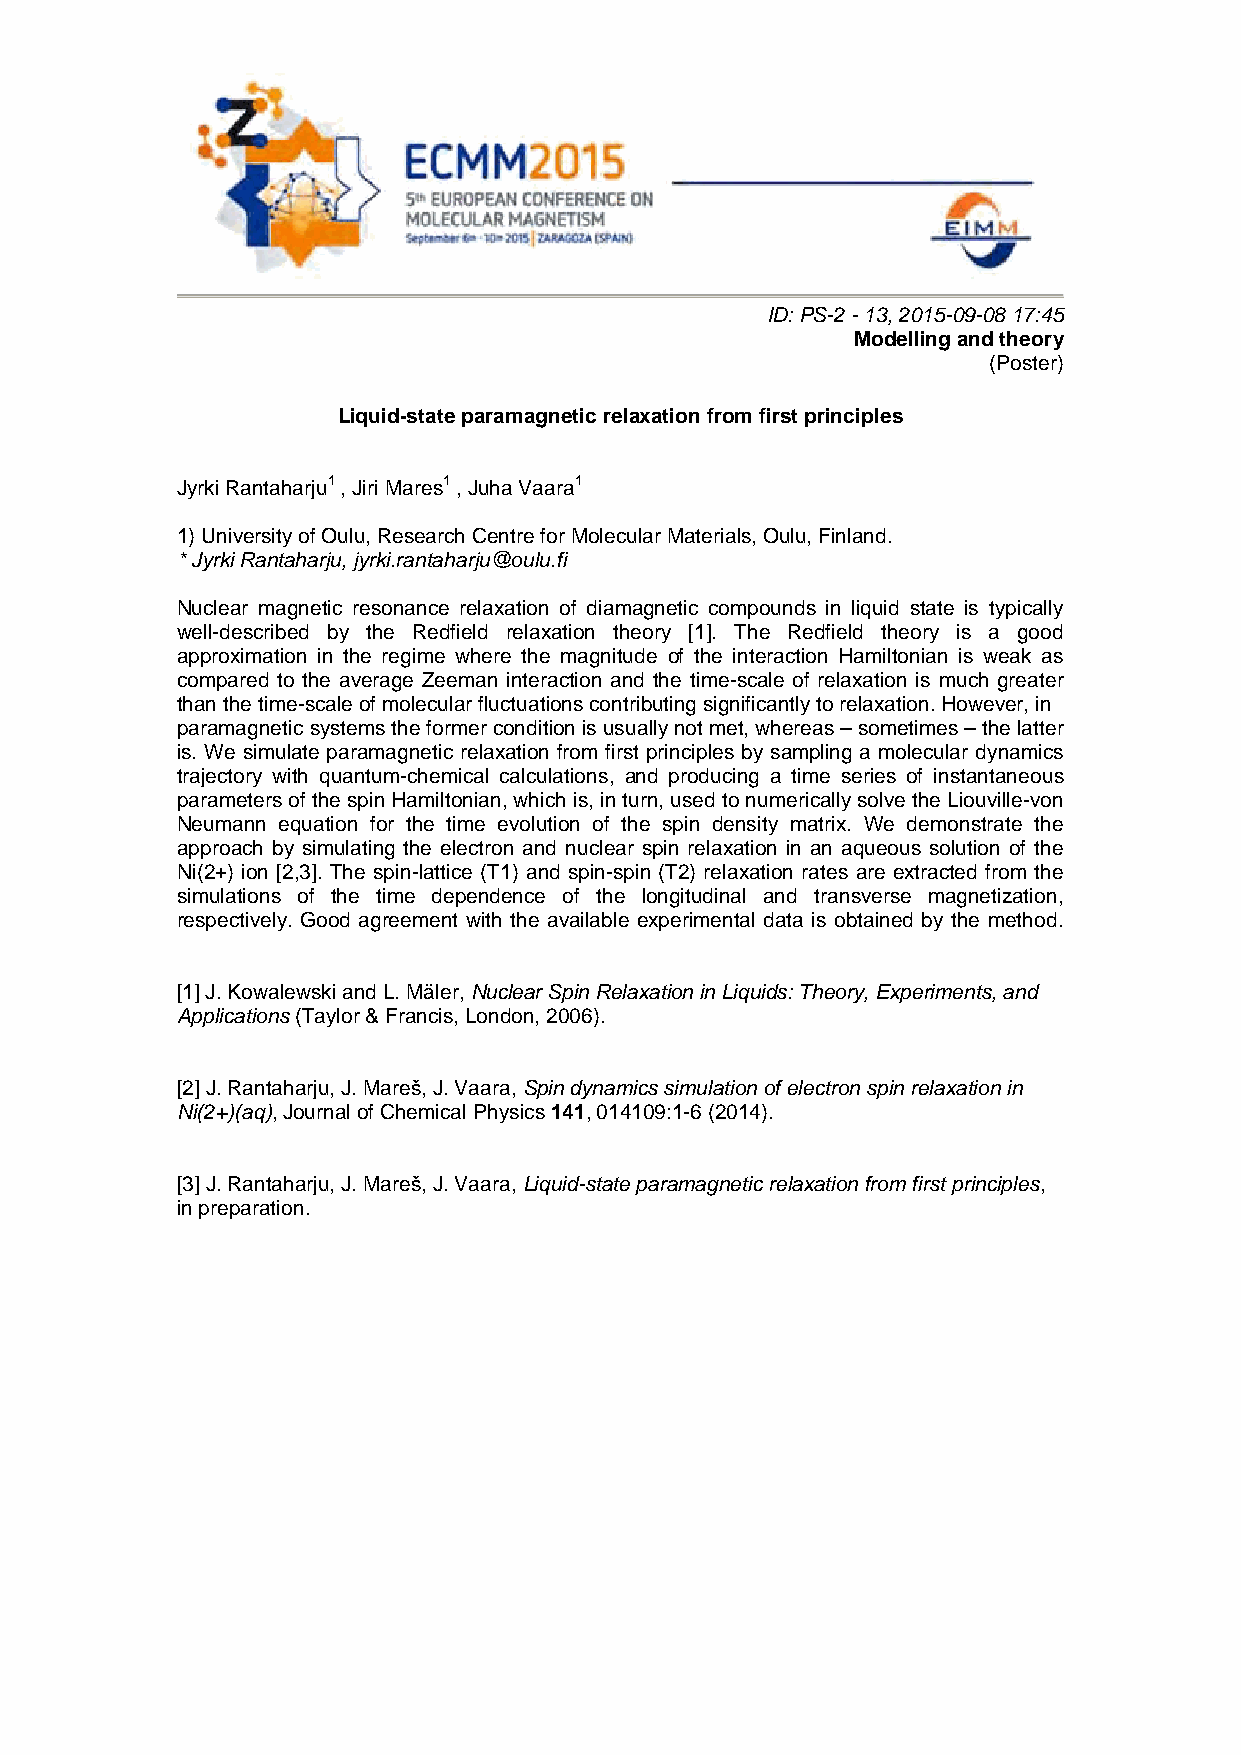
ID: PS-2 - 13, 2015-09-08 17:45
 Modelling and theory
 (Poster)
 Liquid-state paramagnetic relaxation from first principles
 Jyrki Rantaharju1 , Jiri Mares1 , Juha Vaara1
 1) University of Oulu, Research Centre for Molecular Materials, Oulu, Finland.
 * Jyrki Rantaharju, jyrki.rantaharju@oulu.fi
 Nuclear magnetic resonance relaxation of diamagnetic compounds in liquid state is typically
 well-described by the Redfield relaxation theory [1]. The Redfield theory is a good
 approximation in the regime where the magnitude of the interaction Hamiltonian is weak as
 compared to the average Zeeman interaction and the time-scale of relaxation is much greater
 than the time-scale of molecular fluctuations contributing significantly to relaxation. However, in
 paramagnetic systems the former condition is usually not met, whereas – sometimes – the latter
 is. We simulate paramagnetic relaxation from first principles by sampling a molecular dynamics
 trajectory with quantum-chemical calculations, and producing a time series of instantaneous
 parameters of the spin Hamiltonian, which is, in turn, used to numerically solve the Liouville-von
 Neumann equation for the time evolution of the spin density matrix. We demonstrate the
 approach by simulating the electron and nuclear spin relaxation in an aqueous solution of the
 Ni(2+) ion [2,3]. The spin-lattice (T1) and spin-spin (T2) relaxation rates are extracted from the
 simulations of the time dependence of the longitudinal and transverse magnetization,
 respectively. Good agreement with the available experimental data is obtained by the method.
 [1] J. Kowalewski and L. Mäler, Nuclear Spin Relaxation in Liquids: Theory, Experiments, and
 Applications (Taylor & Francis, London, 2006).
 [2] J. Rantaharju, J. Mareš, J. Vaara, Spin dynamics simulation of electron spin relaxation in
 Ni(2+)(aq), Journal of Chemical Physics 141, 014109:1-6 (2014).
 [3] J. Rantaharju, J. Mareš, J. Vaara, Liquid-state paramagnetic relaxation from first principles,
 in preparation.